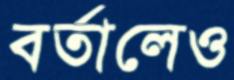
বর্তালেও